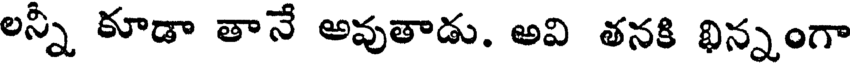
లన్నీ కూడా తానే అవుతాడు. అవి తనకి భిన్నంగా